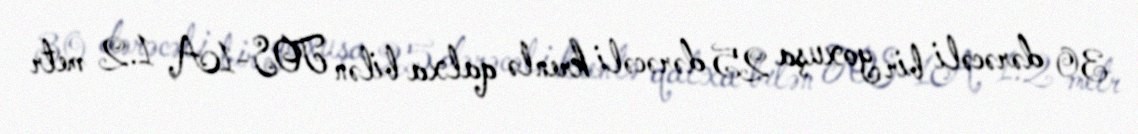
30 dərəcəli bir yoxuşa 25 dərəcəli krenlə qalxa bilən TOS-1A, 1.2 metr